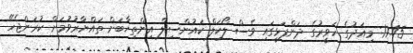
17.45: މިއަދުގެ ހަވީރުގެ ދަންފަޅީގައި ވެސް ލޯކަލް ކައުންސިލް އިންތިޚާބަށް ތައްޔާރުވުމަށް ކުރަންޖެހޭ